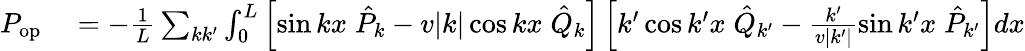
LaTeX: \begin{array}{rl}{P_{\mathrm{op}}}&{{}=-\frac{1}{L}\sum_{kk^{\prime}}\int_{0}^{L}\left[\sin kx\; \hat{P}_{k}-v|k|\cos kx\; \hat{Q}_{k}\right]\left[k^{\prime}\cos k^{\prime}x\; \hat{Q}_{k^{\prime}}-\frac{k^{\prime}}{v|k^{\prime}|}\sin k^{\prime}x\; \hat{P}_{k^{\prime}}\right]dx}\end{array}